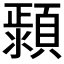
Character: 𱩤